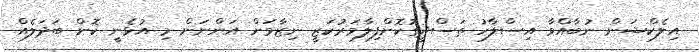
އިލެކްޝަން ނުބާއްވާ އިސްލާހު ތަސްދީގުކޮށްފިލާމަރުކަޒީ ނިޒާމަށް އަންނަން މި އުޅެނީ ކޮން ބަދަލެއް